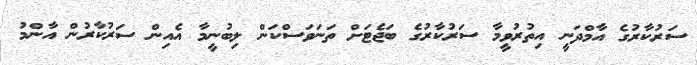
ސަރުކާރުގެ އާމްދަނީ އިތުރުވީމާ ސަރުކާރުގެ ބަޖެޓަށް ތަނަވަސްކަން ލިބުނީމާ އެއިން ސަރުކާރުން އާންމު